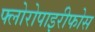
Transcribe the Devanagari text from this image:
फ्लोरोपाइरीफोस